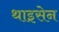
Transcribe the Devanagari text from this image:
थाइसेन